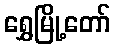
ရွှေမြို့တော်